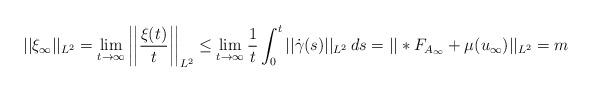
LaTeX: \begin{align*}||\xi_{\infty}||_{L^2} = \lim_{t\rightarrow \infty} \left|\left|\frac{\xi(t)}{t} \right|\right|_{L^2} \leq \lim_{t\rightarrow \infty} \frac{1}{t}\int_0^t ||\dot{\gamma}(s)||_{L^2}\, ds = ||*F_{A_{\infty}} + \mu(u_{\infty})||_{L^2} = m\end{align*}